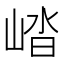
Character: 崉